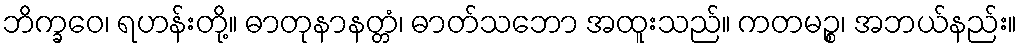
ဘိက္ခဝေ၊ ရဟန်းတို့။ ဓာတုနာနတ္တံ၊ ဓာတ်သဘော အထူးသည်။ ကတမဉ္စ၊ အဘယ်နည်း။